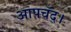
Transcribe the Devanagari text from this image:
आपचॅद।